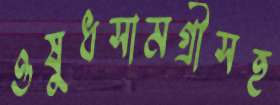
ওষুধসামগ্রীসহ